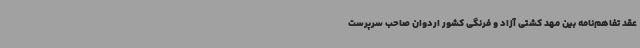
عقد تفاهم‌نامه بین مهد کشتی آزاد و فرنگی کشور اردوان صاحب سرپرست